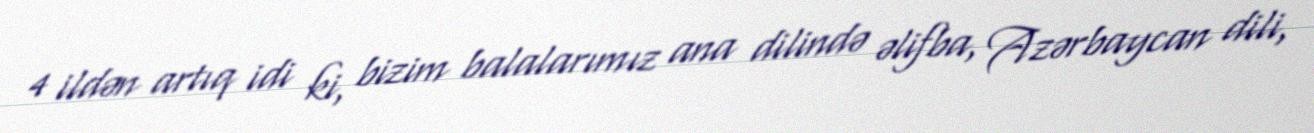
4 ildən artıq idi ki, bizim balalarımız ana dilində əlifba, Azərbaycan dili,